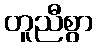
တူညီစွာ